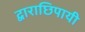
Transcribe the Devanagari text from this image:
द्वाराछिपायी